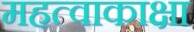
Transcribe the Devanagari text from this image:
महत्वाकाक्षा